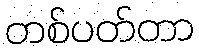
တစ်ပတ်တာ